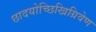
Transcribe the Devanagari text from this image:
छादयोच्छिखिग्रिवेण